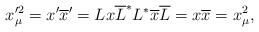
LaTeX: \begin{align*}x_\mu ^{\prime 2}=x^{\prime }\overline{x}^{\prime}=Lx\overline{L}^{*}L^{*}\overline{x}\overline{L}=x\overline{x}=x_\mu ^2, \end{align*}